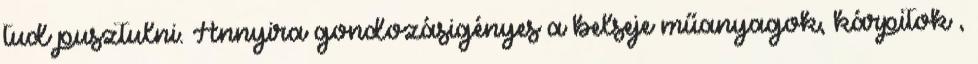
tud pusztulni. Annyira gondozásigényes a belseje műanyagok, kárpitok ,